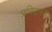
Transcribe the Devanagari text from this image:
प्रतिद्धतम